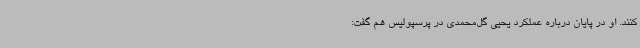
کنند. او در پایان درباره عملکرد یحیی گل‌محمدی در پرسپولیس هم گفت: